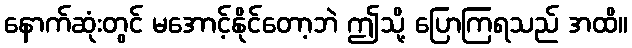
နောက်ဆုံးတွင် မအောင့်နိုင်တော့ဘဲ ဤသို့ ပြောကြရသည် အထိ။